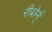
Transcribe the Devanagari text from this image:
रीबोर्न्